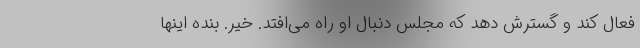
فعال کند و گسترش دهد که مجلس دنبال او راه می‌افتد. خیر. بنده اینها